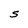
Character: S